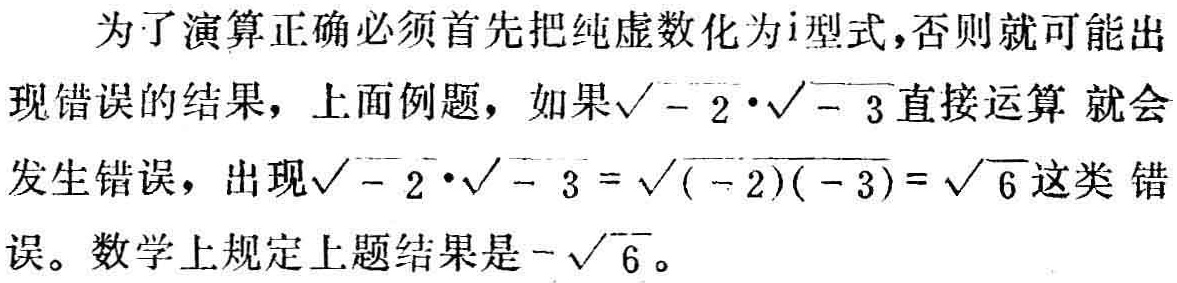
为了演算正确必须首先把纯虚数化为\(i\)型式,否则就可能出现错误的结果，上面例题，如果\(\sqrt{-2}\cdot\sqrt{-3}\)直接运算 就会发生错误，出现\(\sqrt{-2}\cdot\sqrt{-3}=\sqrt{(-2)(-3)}=\sqrt{6}\)这类 错误。数学上规定上题结果是\(-\sqrt{6}\)。